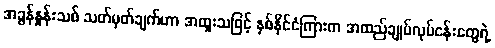
အခွန်နှုန်းသစ် သတ်မှတ်ချက်ဟာ အထူးသဖြင့် နှစ်နိုင်ငံကြားက အထည်ချုပ်လုပ်ငန်းတွေရဲ့